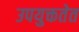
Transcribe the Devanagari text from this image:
उपयुक्ततेत